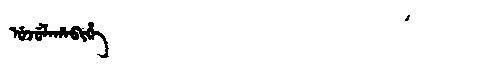
Manchu: ᡠᠵᡠᠯᠠᡥᠠᠪᡳᡥᡝ
Romanization: UJULAHABIHE